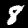
Label: 8